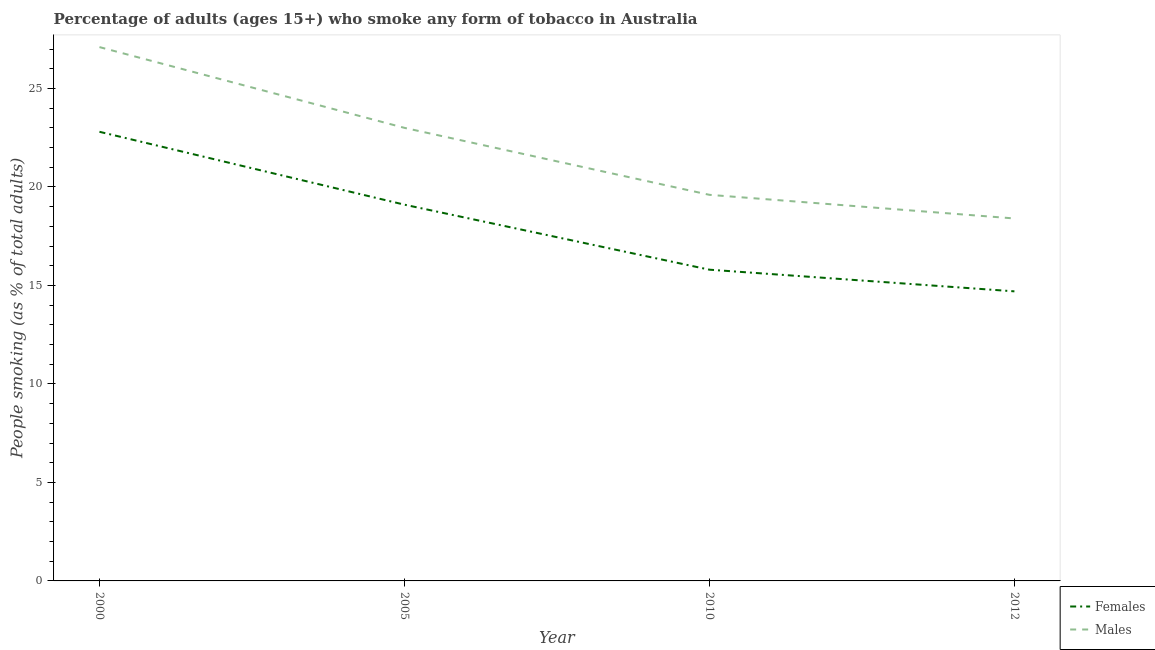
| Year | Females | Males |
 | --- | --- | --- |
 | 2000 | 22.8 | 27.1 |
 | 2005 | 19.1 | 23 |
 | 2010 | 15.8 | 19.6 |
 | 2012 | 14.7 | 18.4 |